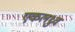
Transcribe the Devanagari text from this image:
एकलध्रुव